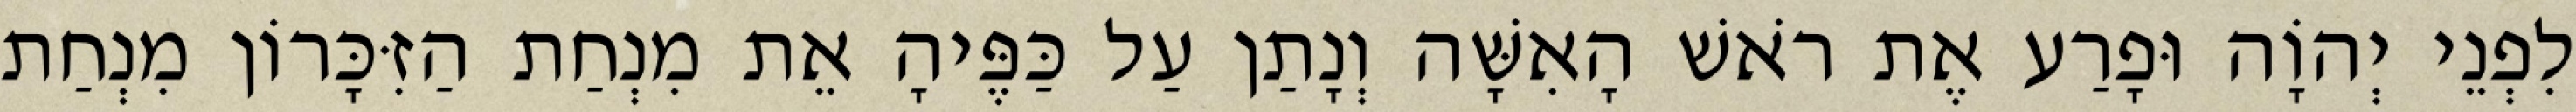
לִפְנֵי יְהוָֹה וּפָרַע אֶת רֹאשׁ הָאִשָּׁה וְנָתַן עַל כַּפֶּיהָ אֵת מִנְחַת הַזִּכָּרוֹן מִנְחַת